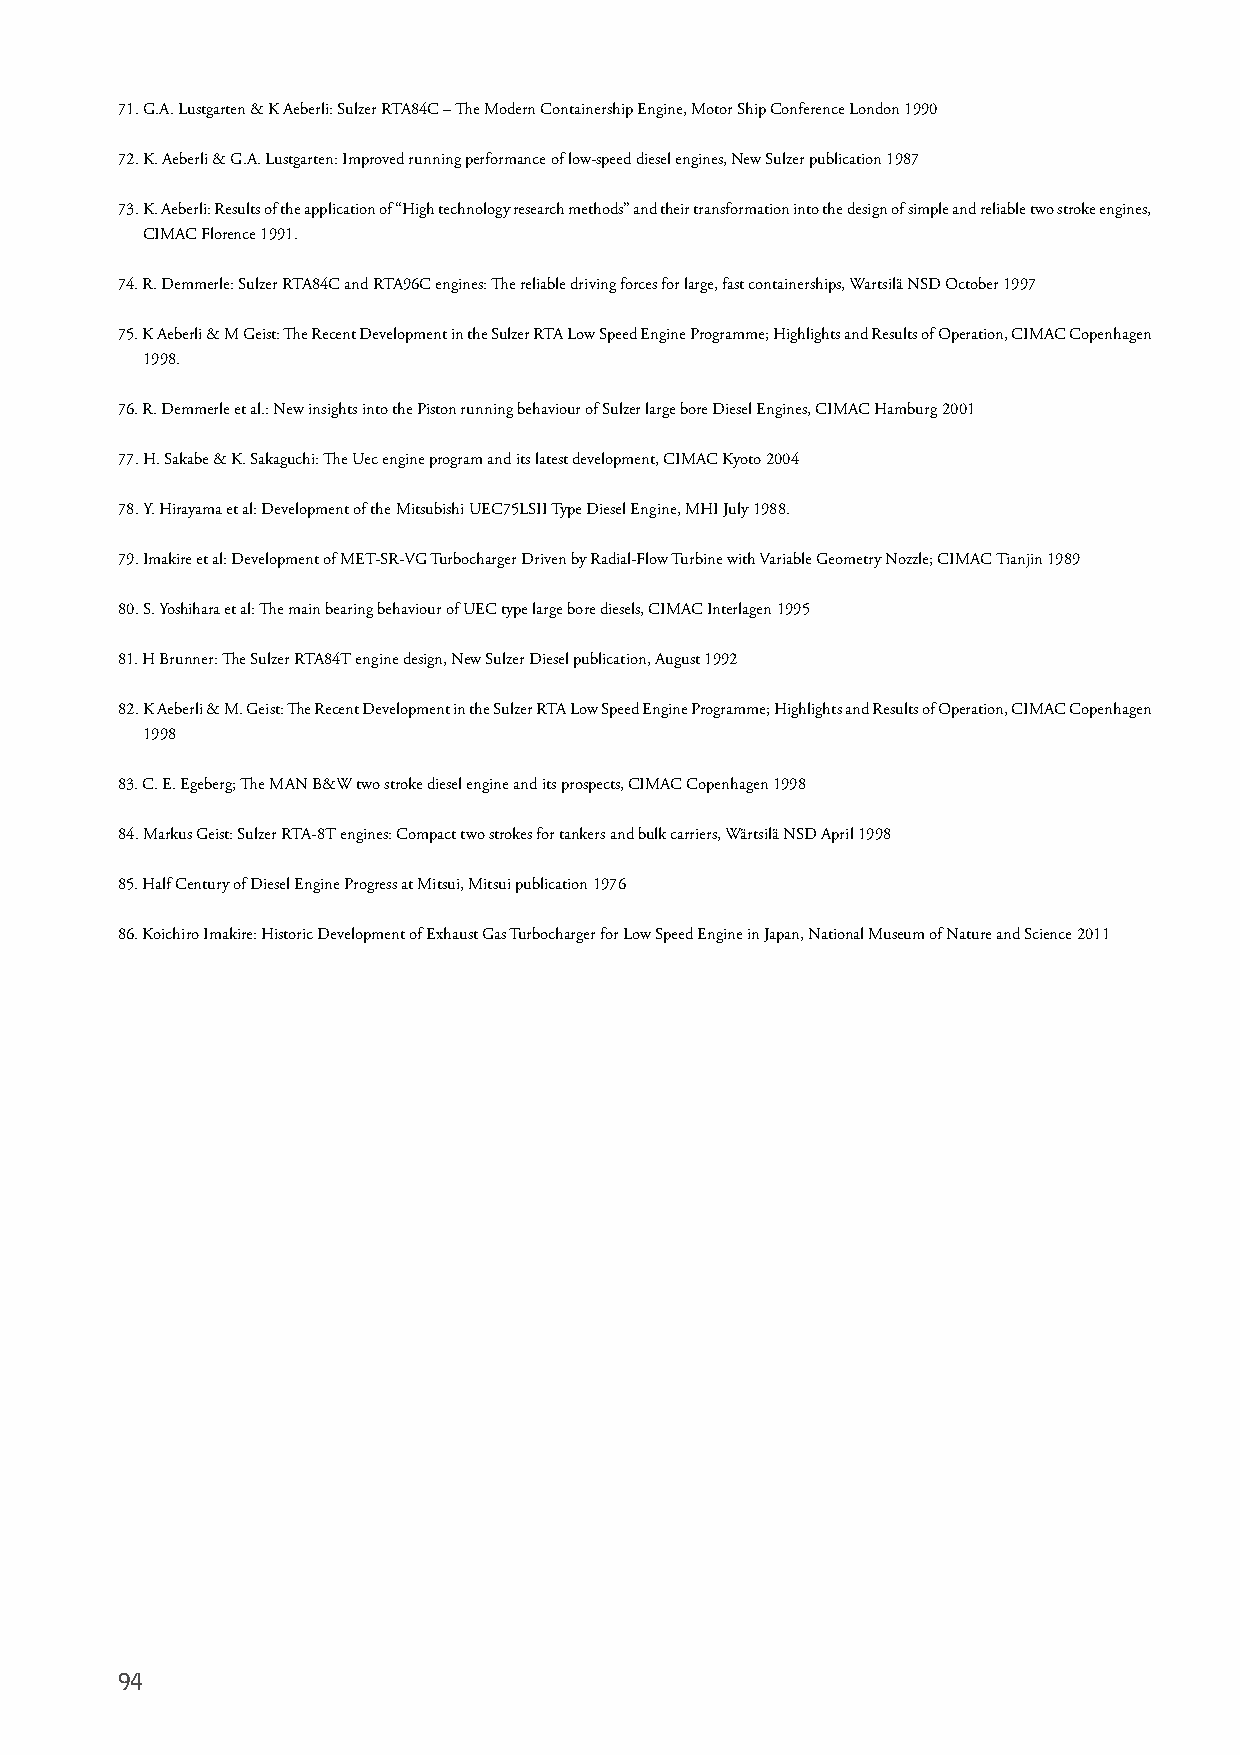
71. G.A. Lustgarten & K Aeberli: Sulzer RTA84C – The Modern Containership Engine, Motor Ship Conference London 1990
 72. K. Aeberli & G.A. Lustgarten: Improved running performance of low-speed diesel engines, New Sulzer publication 1987
 73. K. Aeberli: Results of the application of “High technology research methods” and their transformation into the design of simple and reliable two stroke engines,
 CIMAC Florence 1991.
 74. R. Demmerle: Sulzer RTA84C and RTA96C engines: The reliable driving forces for large, fast containerships, Wartsilä NSD October 1997
 75. K Aeberli & M Geist: The Recent Development in the Sulzer RTA Low Speed Engine Programme; Highlights and Results of Operation, CIMAC Copenhagen
 1998.
 76. R. Demmerle et al.: New insights into the Piston running behaviour of Sulzer large bore Diesel Engines, CIMAC Hamburg 2001
 77. H. Sakabe & K. Sakaguchi: The Uec engine program and its latest development, CIMAC Kyoto 2004
 78. Y. Hirayama et al: Development of the Mitsubishi UEC75LSII Type Diesel Engine, MHI July 1988.
 79. Imakire et al: Development of MET-SR-VG Turbocharger Driven by Radial-Flow Turbine with Variable Geometry Nozzle; CIMAC Tianjin 1989
 80. S. Yoshihara et al: The main bearing behaviour of UEC type large bore diesels, CIMAC Interlagen 1995
 81. H Brunner: The Sulzer RTA84T engine design, New Sulzer Diesel publication, August 1992
 82. K Aeberli & M. Geist: The Recent Development in the Sulzer RTA Low Speed Engine Programme; Highlights and Results of Operation, CIMAC Copenhagen
 1998
 83. C. E. Egeberg; The MAN B&W two stroke diesel engine and its prospects, CIMAC Copenhagen 1998
 84. Markus Geist: Sulzer RTA-8T engines: Compact two strokes for tankers and bulk carriers, Wärtsilä NSD April 1998
 85. Half Century of Diesel Engine Progress at Mitsui, Mitsui publication 1976
 86. Koichiro Imakire: Historic Development of Exhaust Gas Turbocharger for Low Speed Engine in Japan, National Museum of Nature and Science 2011
 94